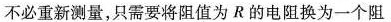
不必重新测量，只需要将阻值为R的电阻换为一个阻